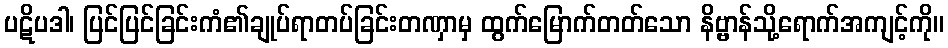
ပဋိပဒါ၊ ပြင်ပြင်ခြင်းကံ၏ချုပ်ရာတပ်ခြင်းတဏှာမှ ထွက်မြောက်တတ်သော နိဗ္ဗာန်သို့ရောက်အကျင့်ကို။